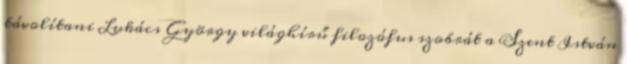
távolítani Lukács György világhírű filozófus szobrát a Szent István